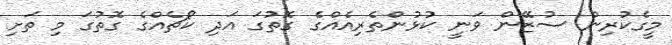
މީގެކުރިން ސުޒޭން ވަނީ ކުޅުންތެރިއެއްގެ ގޮތުގަ އަދި ކޯޗެއްގެ ގޮތުގަ މި ތަށި